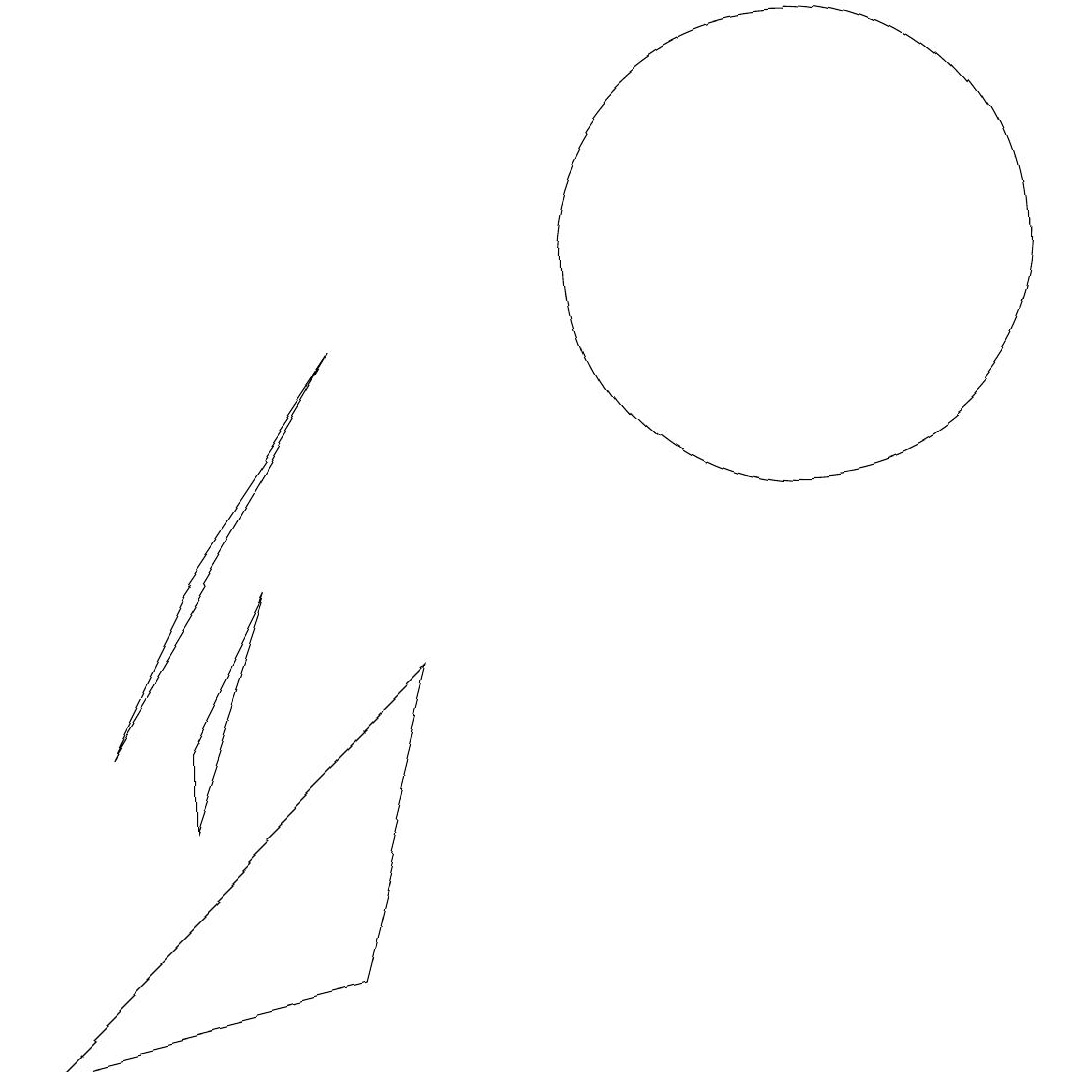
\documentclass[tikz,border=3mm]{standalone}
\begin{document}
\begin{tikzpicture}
\draw (6,5) -- (1,0) -- (5,1) -- cycle;
\draw (3,3) -- (4,6) -- (3,4) -- cycle;
\draw (11,10) circle (0);
\draw (3,6) -- (5,9) -- (2,4) -- cycle;
\draw (11,10) circle (3);
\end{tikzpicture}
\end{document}